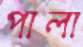
পালা